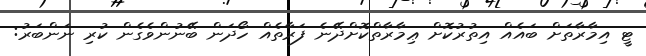
ޓީ އިމާރާތަށް ބައެއް އިތުރުކޮށް ޢިމާރާތްކޮށްދޭނެ ފަރާތެއް ހޯދަން ބޭނުންވެގެން ކުރި ނަންބަރު: